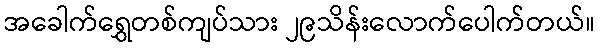
အခေါက်ရွှေတစ်ကျပ်သား ၂၉သိန်းလောက်ပေါက်တယ်။